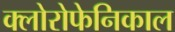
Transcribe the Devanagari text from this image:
क्लोरोफेनिकाल